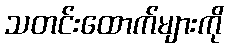
သတင်းထောက်များကို